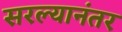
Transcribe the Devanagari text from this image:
सरल्यानंतर